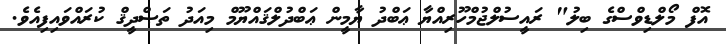
އޮފް މޯލްޑިވްސްގެ ބިލު" ރައީސުލްޖުމްހޫރިއްޔާ ޢަބްދު ޔާމީން ޢަބްދުލްޤައްޔޫމް މިއަދު ތަޞްދީޤް ކުރައްވައިފިއެވެ.